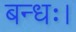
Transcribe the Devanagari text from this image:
बन्धः।